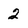
Character: 2